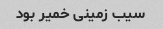
سیب زمینی خمیر بود